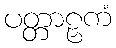
ပတ္တာဠှကံ